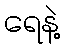
ရေနဲ့